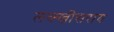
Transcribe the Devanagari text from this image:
लक्‍खीसराय